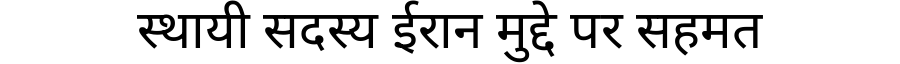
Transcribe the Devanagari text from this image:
स्थायी सदस्य ईरान मुद्दे पर सहमत